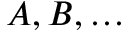
A , B , \ldots